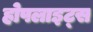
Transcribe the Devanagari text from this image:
होपलाइट्स